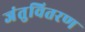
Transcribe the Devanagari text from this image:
जंतुवितरण